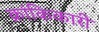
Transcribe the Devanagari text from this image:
क्रांकिकारी